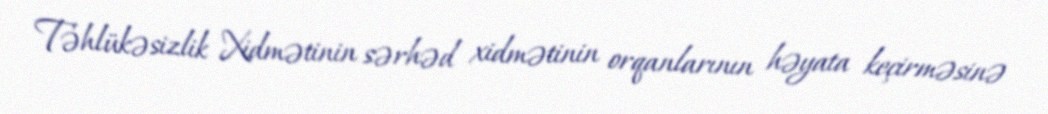
Təhlükəsizlik Xidmətinin sərhəd xidmətinin orqanlarının həyata keçirməsinə